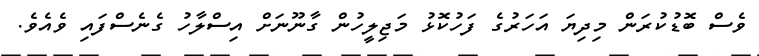
ވެސް ބޮޑުކުރަން މިދިޔަ އަހަރުގެ ފަހުކޮޅު މަޖިލީހުން ގާނޫނަށް އިސްލާހު ގެނެސްފައި ވެއެވެ.